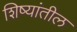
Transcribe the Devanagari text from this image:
शिष्यांतील